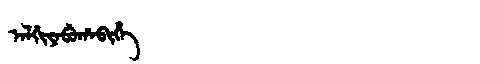
Manchu: ᠠᠯᡤᡳᠶᠠᠪᡠᡥᠠᠪᡳᡥᡝ
Romanization: ALGIYABUHABIHE